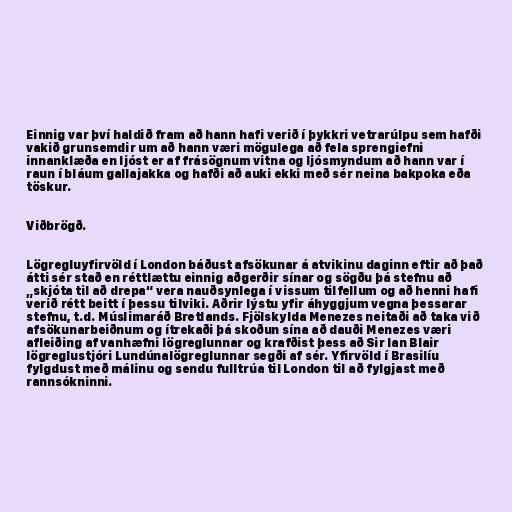
Einnig var því haldið fram að hann hafi verið í þykkri vetrarúlpu sem hafði
vakið grunsemdir um að hann væri mögulega að fela sprengiefni
innanklæða en ljóst er af frásögnum vitna og ljósmyndum að hann var í
raun í bláum gallajakka og hafði að auki ekki með sér neina bakpoka eða
töskur.

Viðbrögð.

Lögregluyfirvöld í London báðust afsökunar á atvikinu daginn eftir að það
átti sér stað en réttlættu einnig aðgerðir sínar og sögðu þá stefnu að
„skjóta til að drepa“ vera nauðsynlega í vissum tilfellum og að henni hafi
verið rétt beitt í þessu tilviki. Aðrir lýstu yfir áhyggjum vegna þessarar
stefnu, t.d. Múslimaráð Bretlands. Fjölskylda Menezes neitaði að taka við
afsökunarbeiðnum og ítrekaði þá skoðun sína að dauði Menezes væri
afleiðing af vanhæfni lögreglunnar og krafðist þess að Sir Ian Blair
lögreglustjóri Lundúnalögreglunnar segði af sér. Yfirvöld í Brasilíu
fylgdust með málinu og sendu fulltrúa til London til að fylgjast með
rannsókninni.